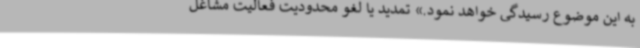
به این موضوع رسیدگی خواهد نمود.» تمدید یا لغو محدودیت فعالیت مشاغل